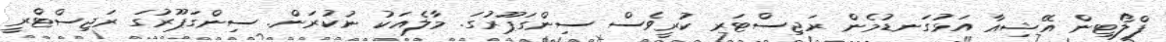
ފްލޯޓިން އޭޝިއާ އަޅުގަނޑުމެން ރަޖިސްޓަރ ކުރީވެސް ސިންގަޕޫރުގަ. މާލެއަކު ނުކުރަން. ސިންގަޕޫރުގަ ރަޖިސްޓްރީ